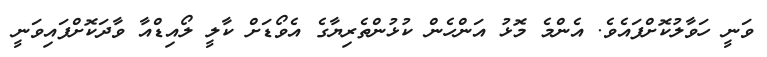
ވަނީ ހަވާލުކޮށްފައެވެ. އެންމެ މޮޅު އަންހެން ކުޅުންތެރިޔާގެ އެވޯޑަށް ކާލީ ލޯއިޑްއާ ވާދަކޮށްފައިވަނީ